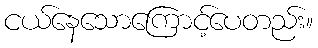
ငယ်နေသောကြောင့်ပေတည်း။